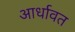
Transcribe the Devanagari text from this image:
आर्धावत